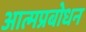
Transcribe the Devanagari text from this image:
आत्मप्रबोधन